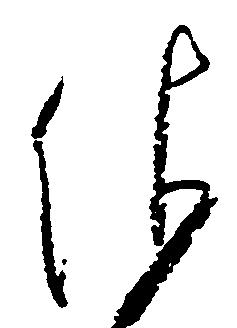
依